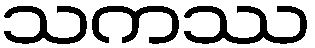
သကဿ